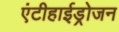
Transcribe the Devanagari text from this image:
एंटीहाईड्रोजन